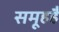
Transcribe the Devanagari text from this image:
समूहहै